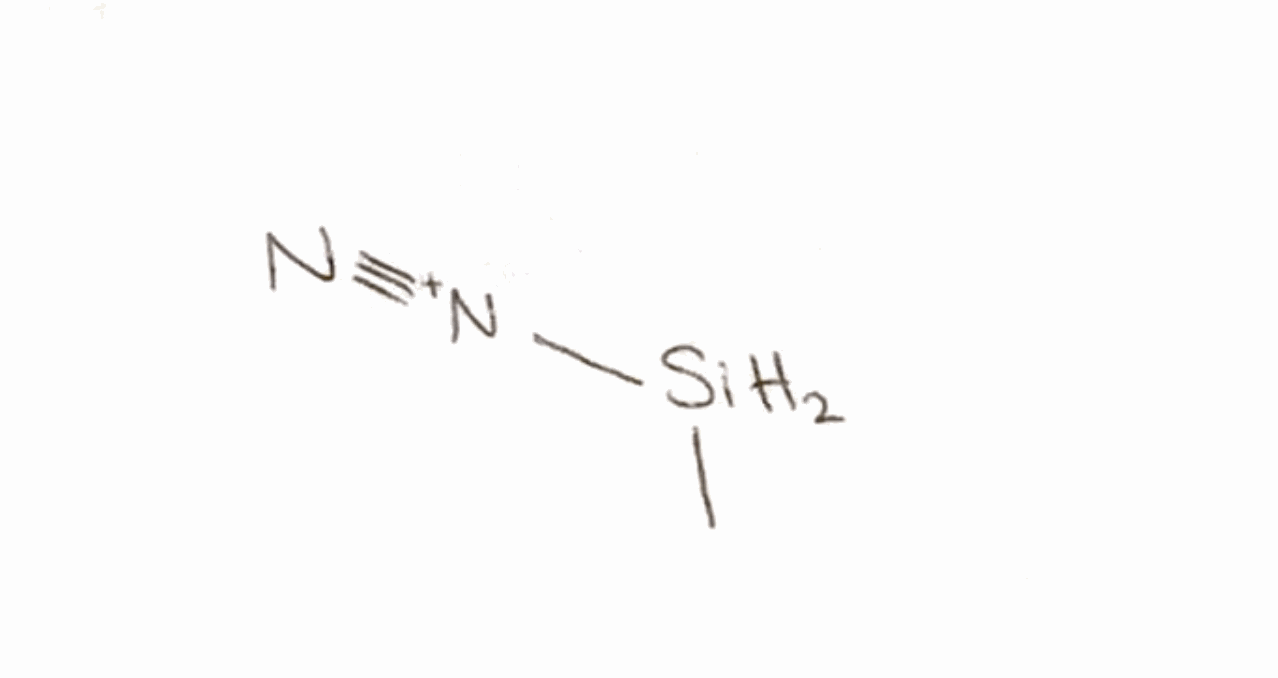
Simplified molecular-input line-entry system (SMILES) notation of the given molecule:
C[SiH2][N+]#N